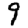
Digit: 9